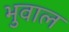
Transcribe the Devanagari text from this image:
भुवाल